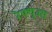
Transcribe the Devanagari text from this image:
रेफ्युज्स